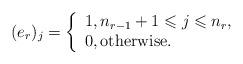
LaTeX: \begin{align*}(e_r)_j = \left\lbrace\begin{array}{l} 1, n_{r-1}+1\leqslant j\leqslant n_{r},\\0,\hbox{otherwise}.\end{array}\right. \end{align*}